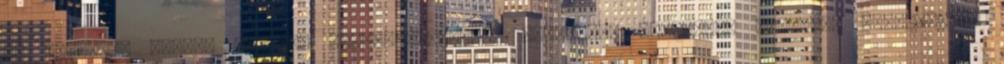
is kíváncsi Európa második leglátogatottabb városára, Berlinre? Szeretné személyesen